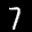
Label: 7